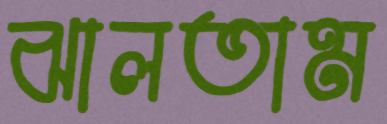
ঝালতাম